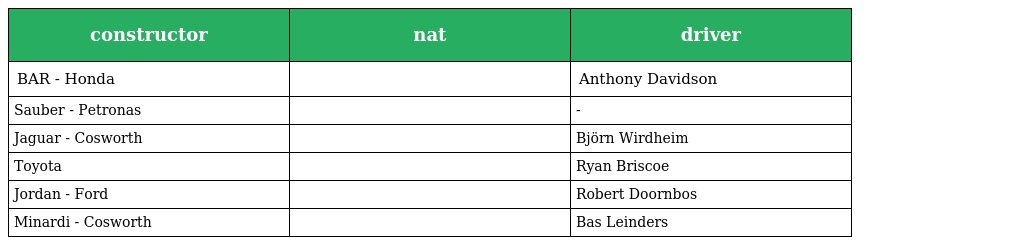
| constructor | nat | driver |
 | --- | --- | --- |
 | BAR - Honda |  | Anthony Davidson |
 | Sauber - Petronas |  | - |
 | Jaguar - Cosworth |  | Björn Wirdheim |
 | Toyota |  | Ryan Briscoe |
 | Jordan - Ford |  | Robert Doornbos |
 | Minardi - Cosworth |  | Bas Leinders |